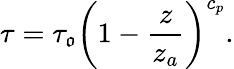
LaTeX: \tau=\tau_{\mathfrak{o}}\bigg(1-{\frac{{z}}{{z_{a}}}}\bigg)^{c_{p}}.